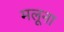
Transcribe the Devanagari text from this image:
मलूना